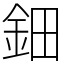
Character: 鈿